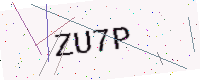
Text: ZU7P